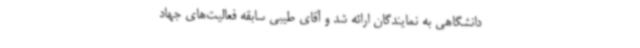
دانشگاهی به نمایندگان ارائه شد و آقای طیبی سابقه فعالیت‌های جهاد